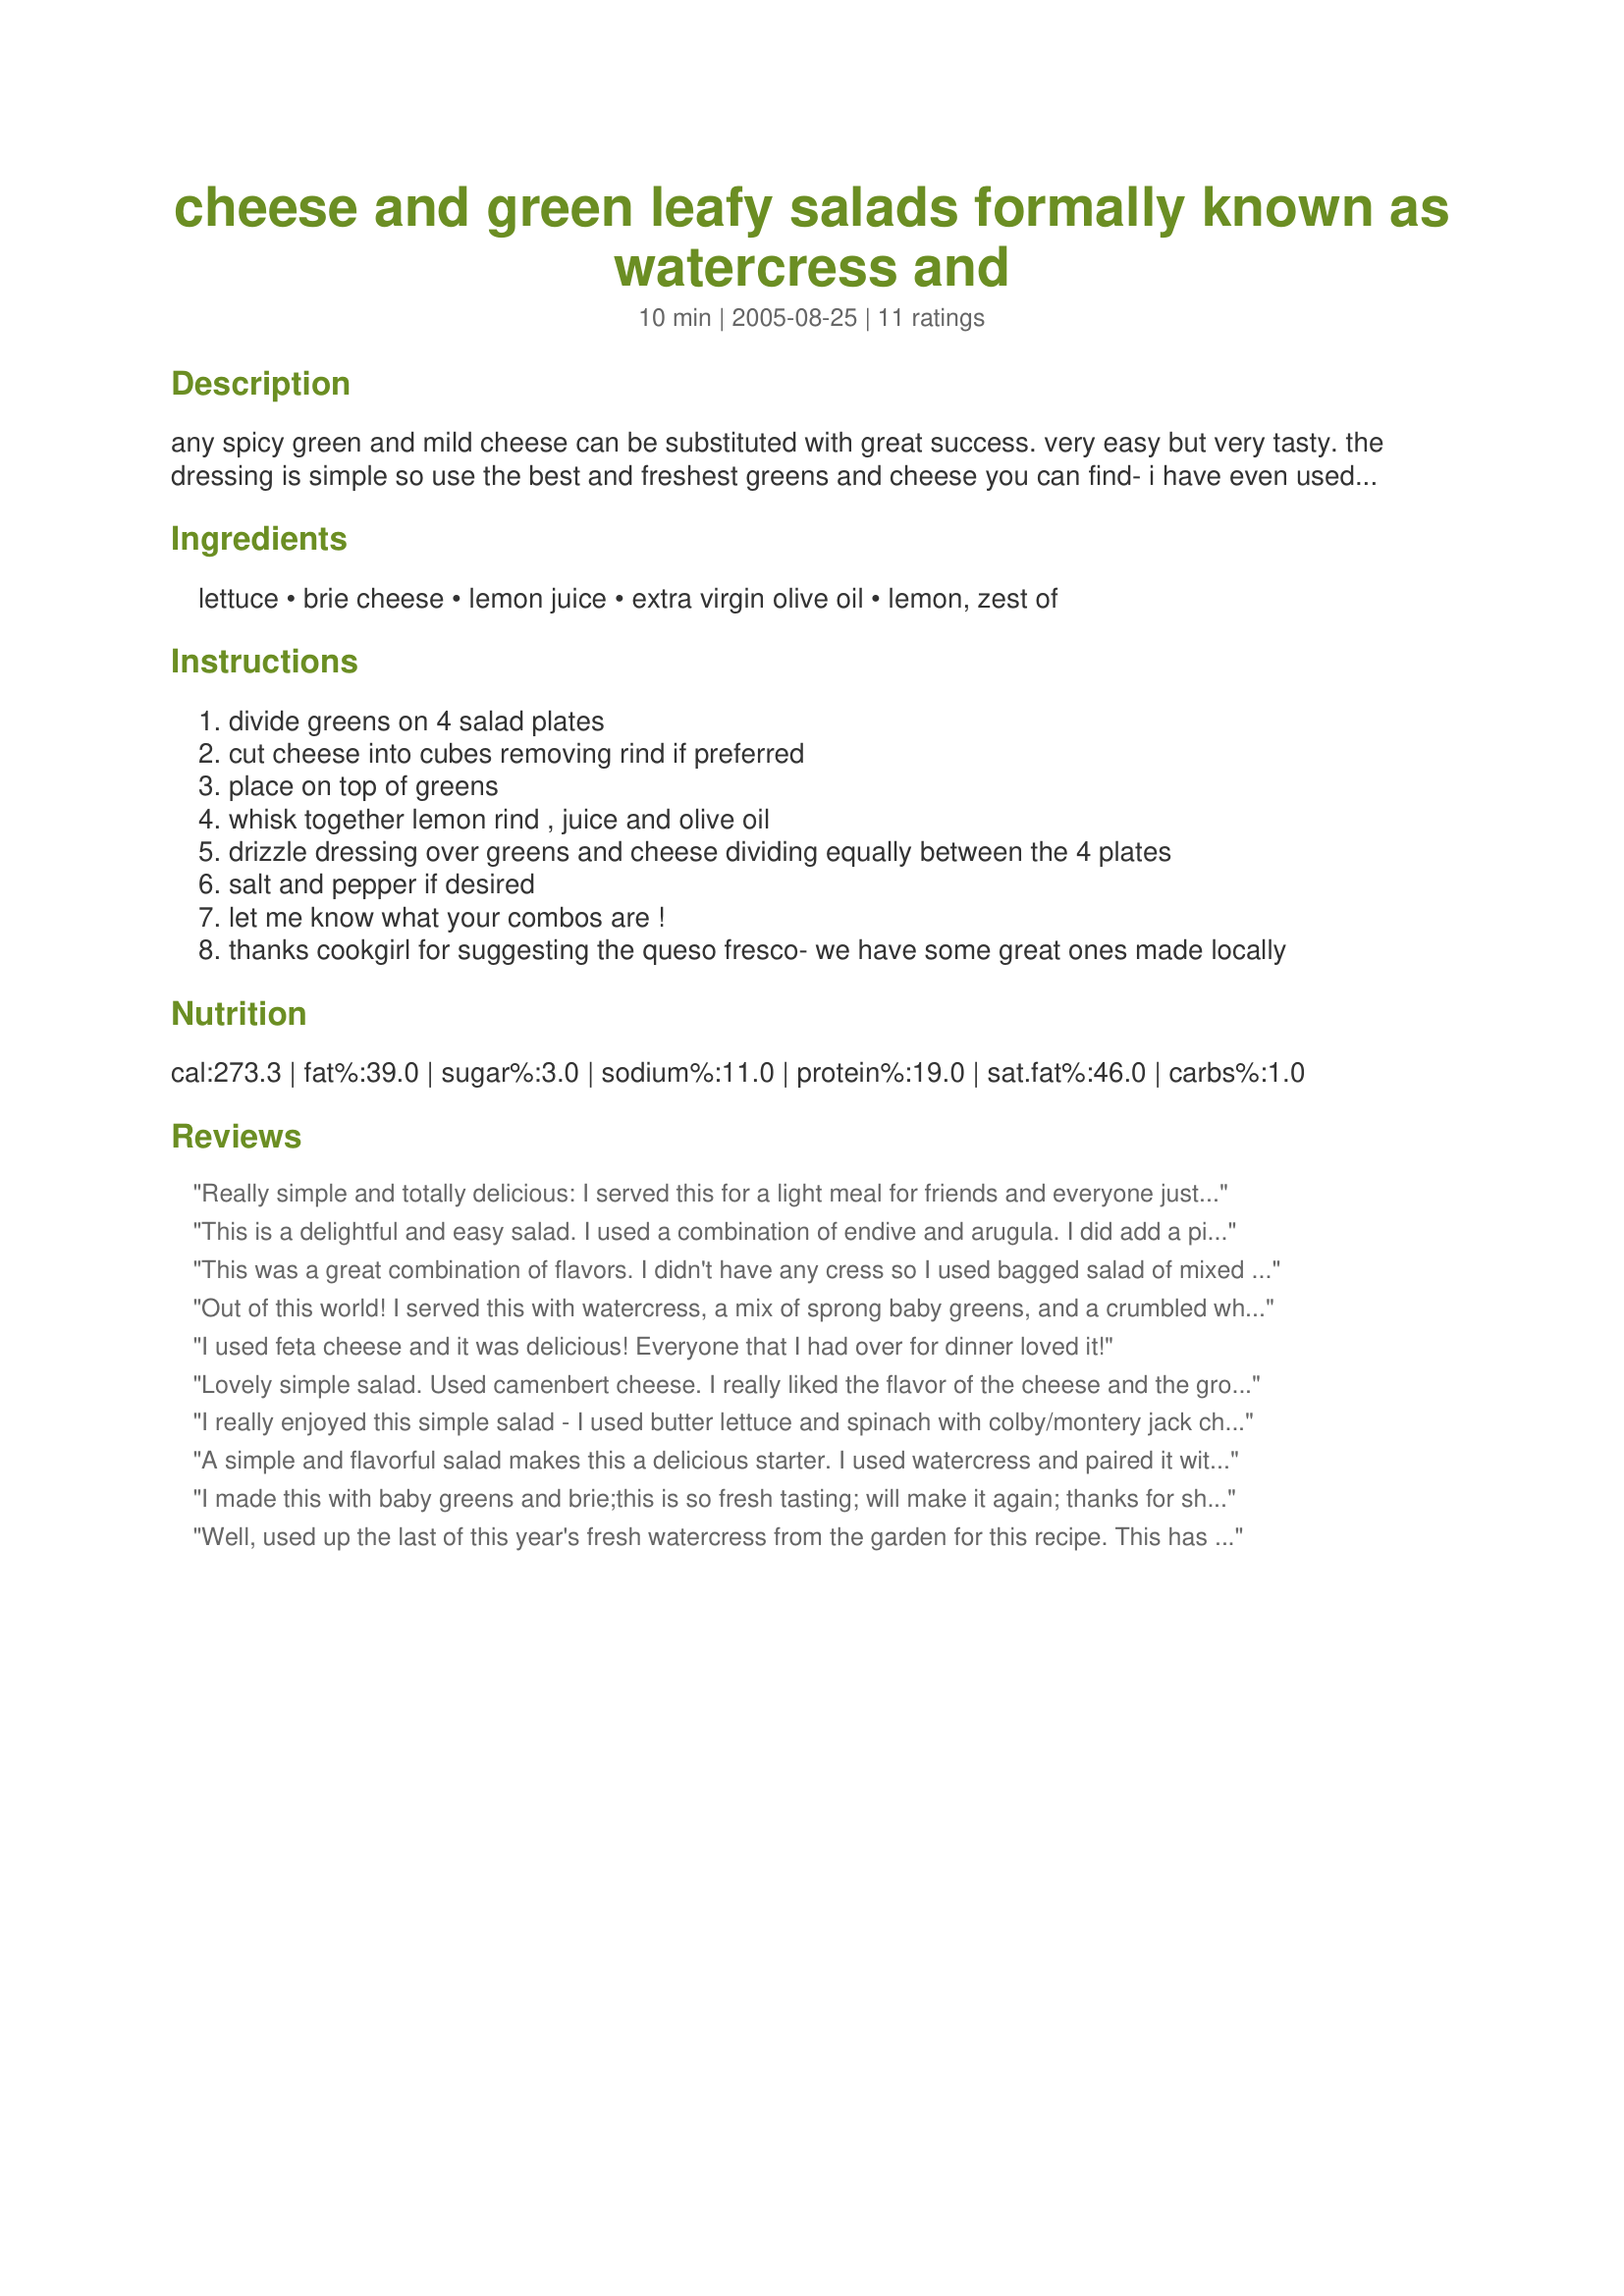
cheese and green leafy salads formally known as watercress and
Preparation time: 10 minutes

any spicy green and mild cheese can be substituted with great success. very easy but very tasty. the dressing is simple so use the best and freshest greens and cheese you can find- i have even used locally produced sheep, goat and cow cheeses- just keep it similar in flavor- like a good queso fresco- thanks cg for the suggestion! the secret is the spicy green with the mild cheese. keep those two in mind when choosing any substitution. amazing little salad based on a whole foods recipe. posted for world tour 2005.

Ingredients:
lettuce, brie cheese, lemon juice, extra virgin olive oil, lemon, zest of

Steps:
divide greens on 4 salad plates
cut cheese into cubes removing rind if preferred
place on top of greens
whisk together lemon rind , juice and olive oil
drizzle dressing over greens and cheese dividing equally between the 4 plates
salt and pepper if desired
let me know what your combos are !
thanks cookgirl for suggesting the queso fresco- we have some great ones made locally

Reviews:
Really simple and totally delicious: I served this for a light meal for friends and everyone just loved it. A quick recipe for times when you want to make something a bit different – but scrumptious. So often, simple is best! Another 2005 World Tour great find!
This is a delightful and easy salad. I used a combination of endive and arugula. I did add a pinch of oregano to the dressing and shredded parmesan reggiano for the cheese.
This was a great combination of flavors. I didn't have any cress so I used bagged salad of mixed baby greens instead. A keeper.
Out of this world! I served this with watercress, a mix of sprong baby greens, and a crumbled white stilton that had apple and pear in it ( from Costco- I highly recommend - yummo). My guests raved - this was a perfect compliment to the meal I served and I WILL make it again! Thanks for a great recipe!
I used feta cheese and it was delicious! Everyone that I had over for dinner loved it!
Lovely simple salad. Used camenbert cheese. I really liked the flavor of the cheese and the ground pepper. Thanks!
I really enjoyed this simple salad - I used butter lettuce and spinach with colby/montery jack cheese. An easy healthy salad which we will be having again and again.
A simple and flavorful salad makes this a delicious starter. I used watercress and paired it with a mild soft goat cheese. The peppery green did work well as a foil for the soft and creamy cheese. Found the dressing a little bland and ended up tossing in a little black pepper and rubbing a garlic clove over the bowl for a little more zip. Thanks Mama.
I made this with baby greens and brie;this is so fresh tasting; will make it again; thanks for sharing.
Well, used up the last of this year's fresh watercress from the garden for this recipe. This has some serious "pep" to it due to the super fresh watercress I had. For extra effect, I added a few slices of habaneros ("habos") because tempting fate can be fun! I'm awake now! (Could also sub mild Mexican queso fresco if you cannot find brie.) Thanks for sharing. cg ;)
I never ate watercress before and bought a bunch for this recipe. It was different and had a little bite but i think that's the point. Loved the dressing, i like light dressings but most have vinegar and i'm not a big vinegar fan, but i liked the lemon juice instead! Thanks mama for an interesting salad for lunch!!
